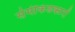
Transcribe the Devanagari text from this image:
सेमीकंडक्टरों